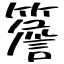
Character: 簷